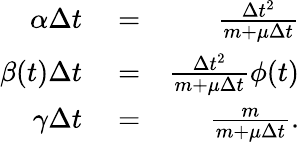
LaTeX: \begin{array}{rlr}{\alpha\Delta t}&{{}=}&{\frac{\Delta t^{2}}{m+\mu\Delta t}}\\ {\beta(t)\Delta t}&{{}=}&{\frac{\Delta t^{2}}{m+\mu\Delta t}\phi(t)}\\ {\gamma\Delta t}&{{}=}&{\frac{m}{m+\mu\Delta t}.}\end{array}